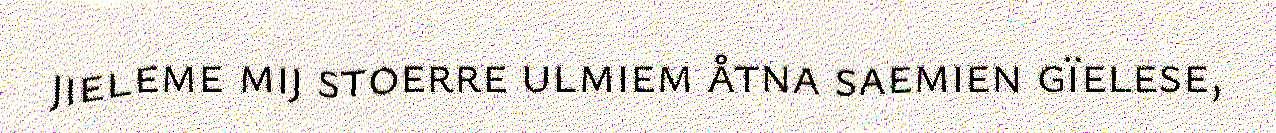
jieleme mij stoerre ulmiem åtna saemien gïelese,